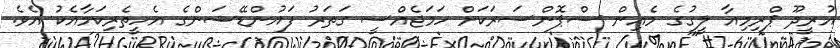
އުރީދޫ ޕްރިމިއާ ލީގުގެ މެއިން ސްޕޮންސަރަކަށް ހަމަޖެއްސީ ގަތަރު ފައުންޑޭޝަންގެ އެހީތެރިކަމާއެކު އެވެ.